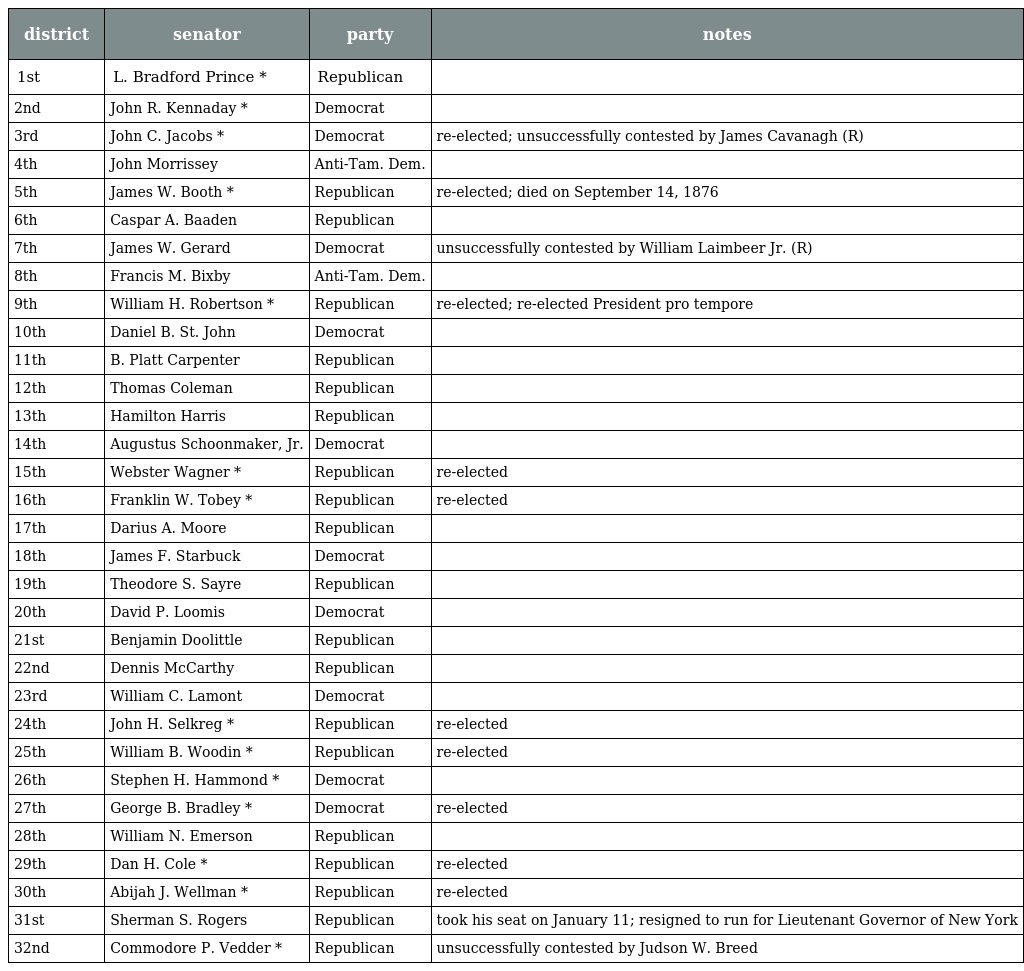
| district | senator | party | notes |
 | --- | --- | --- | --- |
 | 1st | L. Bradford Prince * | Republican |  |
 | 2nd | John R. Kennaday * | Democrat |  |
 | 3rd | John C. Jacobs * | Democrat | re-elected; unsuccessfully contested by James Cavanagh (R) |
 | 4th | John Morrissey | Anti-Tam. Dem. |  |
 | 5th | James W. Booth * | Republican | re-elected; died on September 14, 1876 |
 | 6th | Caspar A. Baaden | Republican |  |
 | 7th | James W. Gerard | Democrat | unsuccessfully contested by William Laimbeer Jr. (R) |
 | 8th | Francis M. Bixby | Anti-Tam. Dem. |  |
 | 9th | William H. Robertson * | Republican | re-elected; re-elected President pro tempore |
 | 10th | Daniel B. St. John | Democrat |  |
 | 11th | B. Platt Carpenter | Republican |  |
 | 12th | Thomas Coleman | Republican |  |
 | 13th | Hamilton Harris | Republican |  |
 | 14th | Augustus Schoonmaker, Jr. | Democrat |  |
 | 15th | Webster Wagner * | Republican | re-elected |
 | 16th | Franklin W. Tobey * | Republican | re-elected |
 | 17th | Darius A. Moore | Republican |  |
 | 18th | James F. Starbuck | Democrat |  |
 | 19th | Theodore S. Sayre | Republican |  |
 | 20th | David P. Loomis | Democrat |  |
 | 21st | Benjamin Doolittle | Republican |  |
 | 22nd | Dennis McCarthy | Republican |  |
 | 23rd | William C. Lamont | Democrat |  |
 | 24th | John H. Selkreg * | Republican | re-elected |
 | 25th | William B. Woodin * | Republican | re-elected |
 | 26th | Stephen H. Hammond * | Democrat |  |
 | 27th | George B. Bradley * | Democrat | re-elected |
 | 28th | William N. Emerson | Republican |  |
 | 29th | Dan H. Cole * | Republican | re-elected |
 | 30th | Abijah J. Wellman * | Republican | re-elected |
 | 31st | Sherman S. Rogers | Republican | took his seat on January 11; resigned to run for Lieutenant Governor of New York |
 | 32nd | Commodore P. Vedder * | Republican | unsuccessfully contested by Judson W. Breed |